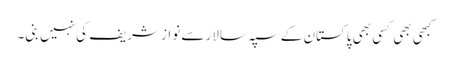
کبھی بھی کسی بھی پاکستان کے سپہ سالار سے نواز شریف کی نہیں بنی۔